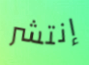
إنتشر